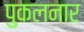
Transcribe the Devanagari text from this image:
पुकलनार